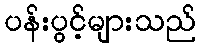
ပန်းပွင့်များသည်